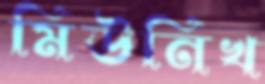
মিউনিখ